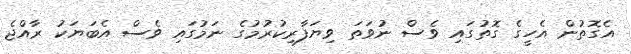
އެގޮތުން އެހީގެ ގޮތުގައި ވެސް ނުވަތަ ވިޔަފާރިކުރުމުގެ ނަމުގައި ވެސް އެބަޔަކު ރާއްޖެ